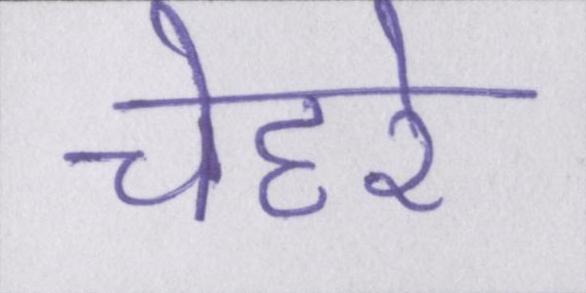
चेहरे